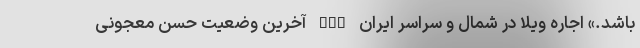
باشد.» اجاره ویلا در شمال و سراسر ایران nan آخرین وضعیت حسن معجونی